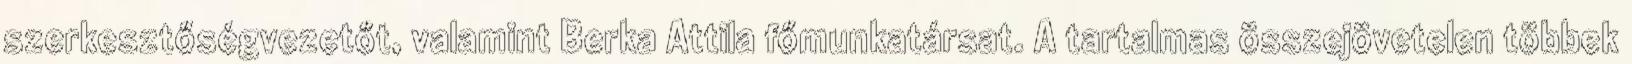
szerkesztőségvezetőt, valamint Berka Attila főmunkatársat. A tartalmas összejövetelen többek